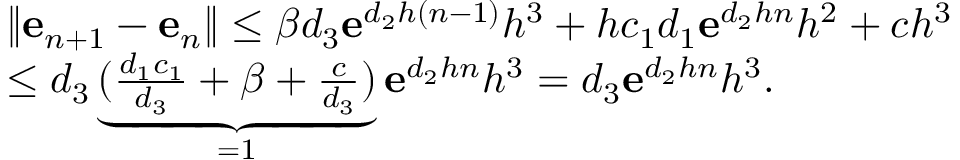
\begin{array} { r l } & { \| \mathbf { e } _ { n + 1 } - \mathbf { e } _ { n } \| \leq \beta d _ { 3 } \mathbf { e } ^ { d _ { 2 } h ( n - 1 ) } h ^ { 3 } + h c _ { 1 } d _ { 1 } \mathbf { e } ^ { d _ { 2 } h n } h ^ { 2 } + c h ^ { 3 } } \\ & { \leq d _ { 3 } \underbrace { ( \frac { d _ { 1 } c _ { 1 } } { d _ { 3 } } + \beta + \frac { c } { d _ { 3 } } ) } _ { = 1 } \mathbf { e } ^ { d _ { 2 } h n } h ^ { 3 } = d _ { 3 } \mathbf { e } ^ { d _ { 2 } h n } h ^ { 3 } . } \end{array}